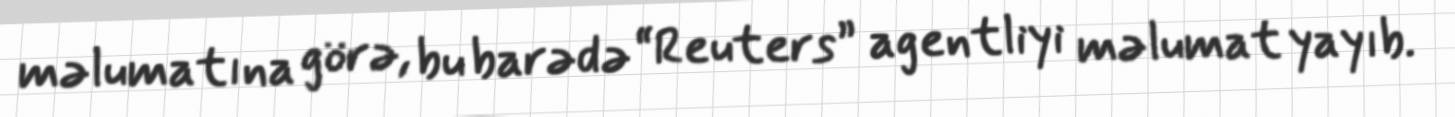
məlumatına görə, bu barədə “Reuters” agentliyi məlumat yayıb.